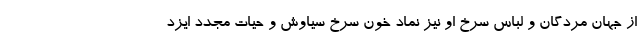
از جهان مردگان و لباس سرخ او نیز نماد خون سرخ سیاوش و حیات مجدد ایزد